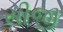
સીજી